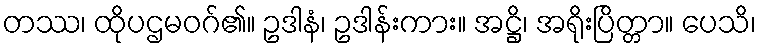
တဿ၊ ထိုပဌမဝဂ်၏။ ဥဒါနံ၊ ဥဒါန်းကား။ အဋ္ဌိ၊ အရိုးပြိတ္တာ။ ပေသိ၊